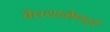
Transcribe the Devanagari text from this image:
वेधशाळेमध्ये